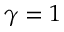
\gamma = 1